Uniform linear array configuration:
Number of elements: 12
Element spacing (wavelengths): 0.25
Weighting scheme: hamming
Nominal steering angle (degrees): -45
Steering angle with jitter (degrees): -45.096
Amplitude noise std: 0.05
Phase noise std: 0.05

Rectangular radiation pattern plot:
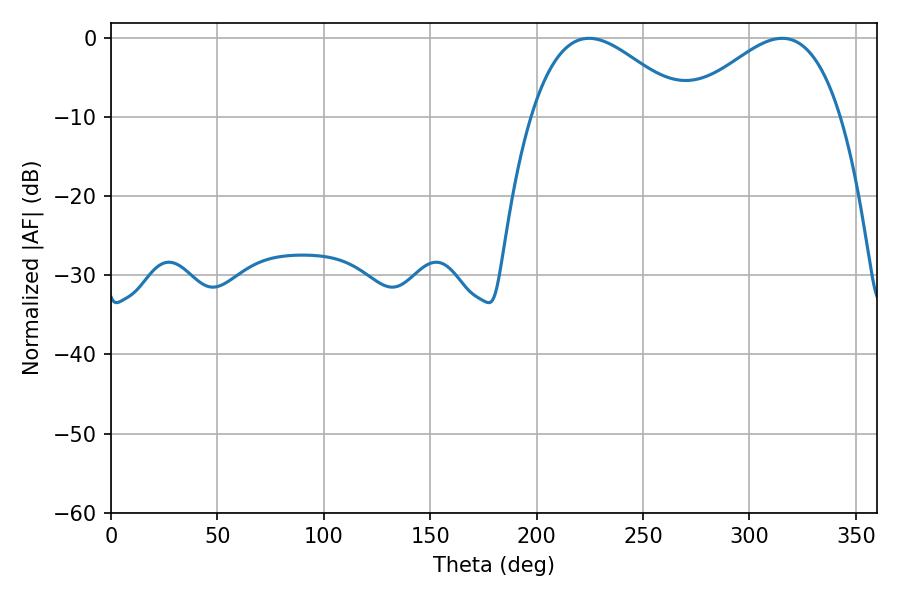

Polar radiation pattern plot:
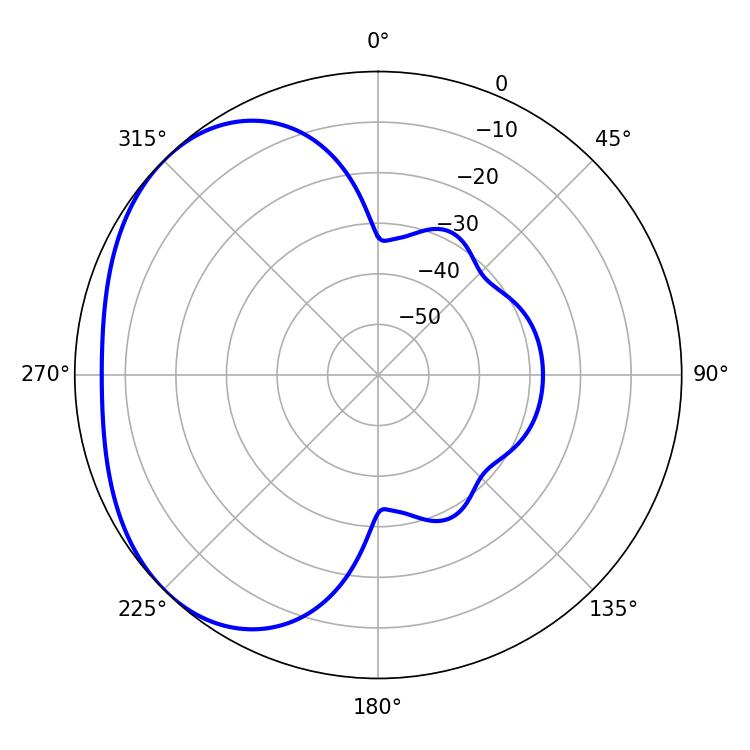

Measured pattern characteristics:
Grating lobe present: FALSE
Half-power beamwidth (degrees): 39.6
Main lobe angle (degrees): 224.64